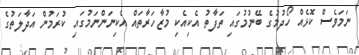
ނަމަވެސް ކޮޅެއް ހޯދުމުގެ ބޭނުމުގައި ތަފާތު އެކިއެކި މުޒާހަރާތައް އެކިނަންނަމުގައި ކުރަމުން އަދާލަތުގެ